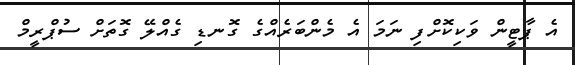
އެ ޕާޓީން ވަކިކޮށްފި ނަމަ އެ މެންބަރެއްގެ ގޮނޑި ގެއްލޭ ގޮތަށް ސުޕްރީމް